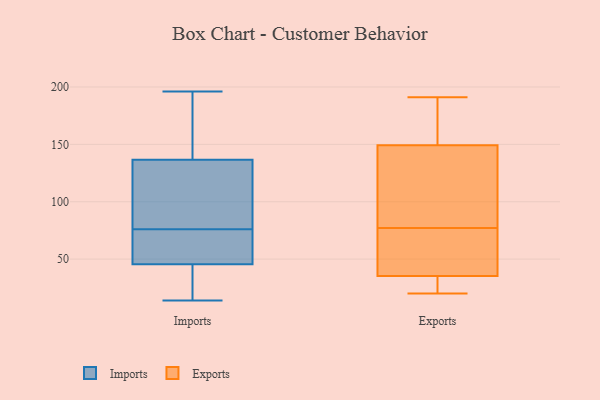
{"axis": {"x": "LTV (USD)", "y": "Value"}, "legend": ["Exports", "Imports"], "data": [{"x": "", "y": 174, "type": "Imports"}, {"x": "", "y": 196, "type": "Imports"}, {"x": "", "y": 67, "type": "Imports"}, {"x": "", "y": 33, "type": "Imports"}, {"x": "", "y": 51, "type": "Imports"}, {"x": "", "y": 84, "type": "Imports"}, {"x": "", "y": 138, "type": "Imports"}, {"x": "", "y": 113, "type": "Imports"}, {"x": "", "y": 14, "type": "Imports"}, {"x": "", "y": 76, "type": "Imports"}, {"x": "", "y": 136, "type": "Imports"}, {"x": "", "y": 68, "type": "Imports"}, {"x": "", "y": 47, "type": "Imports"}, {"x": "", "y": 41, "type": "Imports"}, {"x": "", "y": 76, "type": "Imports"}, {"x": "", "y": 36, "type": "Imports"}, {"x": "", "y": 159, "type": "Imports"}, {"x": "", "y": 161, "type": "Exports"}, {"x": "", "y": 154, "type": "Exports"}, {"x": "", "y": 70, "type": "Exports"}, {"x": "", "y": 31, "type": "Exports"}, {"x": "", "y": 191, "type": "Exports"}, {"x": "", "y": 31, "type": "Exports"}, {"x": "", "y": 36, "type": "Exports"}, {"x": "", "y": 146, "type": "Exports"}, {"x": "", "y": 140, "type": "Exports"}, {"x": "", "y": 77, "type": "Exports"}, {"x": "", "y": 20, "type": "Exports"}, {"x": "", "y": 150, "type": "Exports"}, {"x": "", "y": 43, "type": "Exports"}, {"x": "", "y": 86, "type": "Exports"}, {"x": "", "y": 33, "type": "Exports"}, {"x": "", "y": 149, "type": "Exports"}, {"x": "", "y": 39, "type": "Exports"}]}